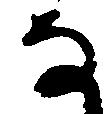
な